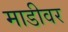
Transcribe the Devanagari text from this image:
माडीवर